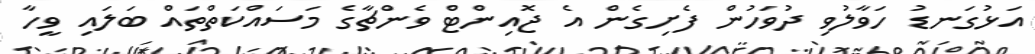
އަޅުގަނޑު ހަވާލުވި ދުވަހުން ފެށިގެން އެ ޖޮއިންޓް ވެންޗާގެ މަސައްކަތްތައް ބަލައި ވީހާ